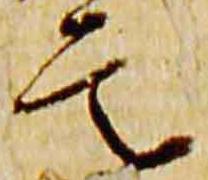
定